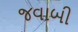
જવાબી